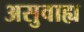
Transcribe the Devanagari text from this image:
असुवाह्य